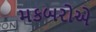
મકબરોએ